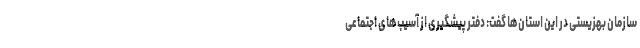
سازمان بهزیستی در این استان‌ها گفت: دفتر پیشگیری از آسیب‌های اجتماعی